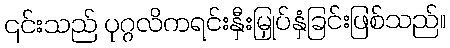
၎င်းသည် ပုဂ္ဂလိကရင်းနှီးမြှုပ်နှံခြင်းဖြစ်သည်။